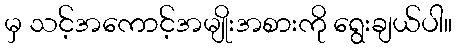
မှ သင့်အကောင့်အမျိုးအစားကို ရွေးချယ်ပါ။